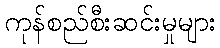
ကုန်စည်စီးဆင်းမှုများ